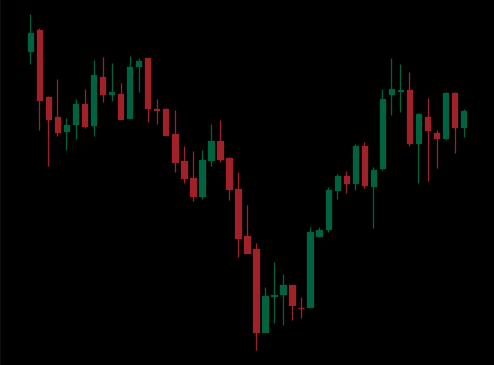
Pattern: inverse_head_shoulders